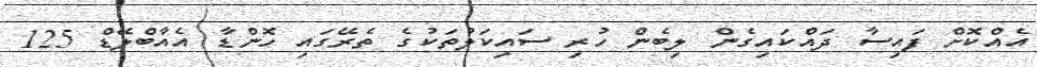
އެއްކޮށް ފައިސާ ދައްކައިގެން ލިބެން ހުރި ސައިކަލުތަކުގެ ތެރޭގައި ހޮންޑާ އެއާބްލޭޑް 125